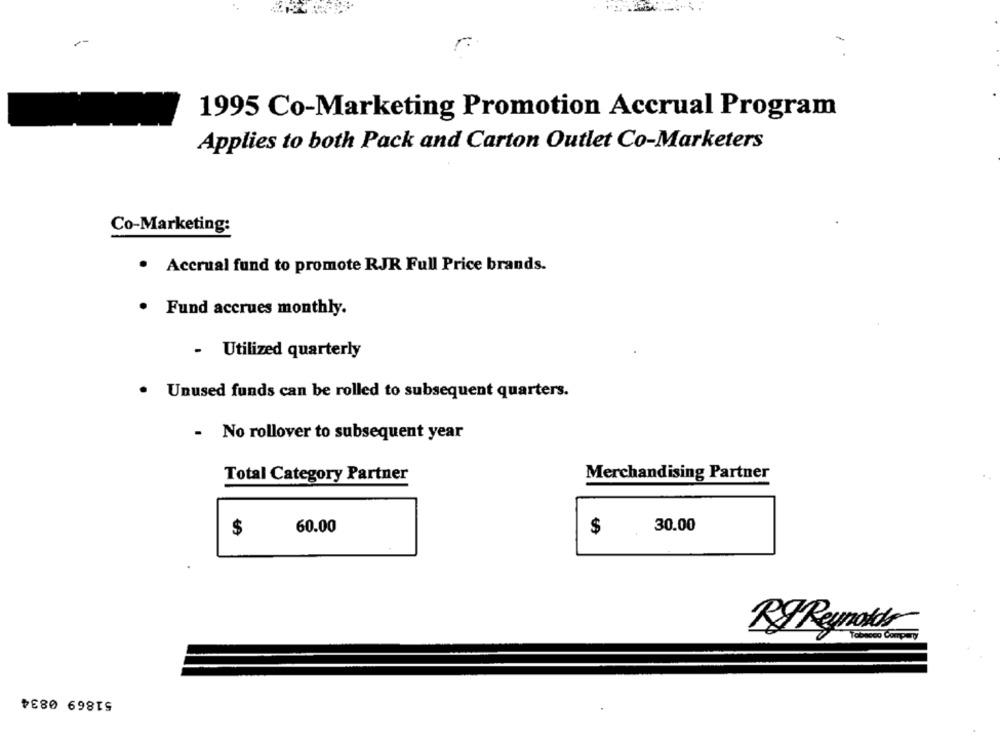
1995 Co-Marketing Promotion Accrual Program
Applies to both Pack and Carton Outlet Co-Marketers
Co-Marketing:
· Accrual fund to promote RJR Full Price brands.
. Fund accrues monthly.
.
Utilized quarterly
Unused funds can be rolled to subsequent quarters.
- No rollover to subsequent year
Merchandising Partner
Total Category Partner
30.00
$
60.00
$
RJ Reynolds
51869 0834